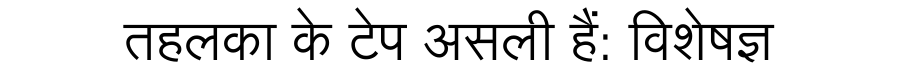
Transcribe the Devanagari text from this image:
तहलका के टेप असली हैं: विशेषज्ञ